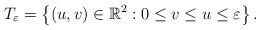
\begin{align*} T_\varepsilon=\left\{(u,v)\in \mathbb{R}^2:0\leq v\leq u\leq \varepsilon\right\}.\end{align*}